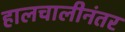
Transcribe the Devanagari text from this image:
हालचालीनंतर